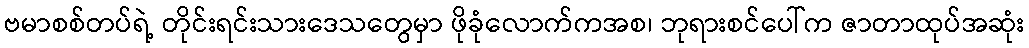
ဗမာစစ်တပ်ရဲ့ တိုင်းရင်းသားဒေသတွေမှာ ဖိုခုံလောက်ကအစ၊ ဘုရားစင်ပေါ်က ဇာတာထုပ်အဆုံး